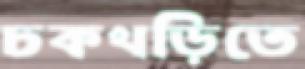
চকখড়িতে